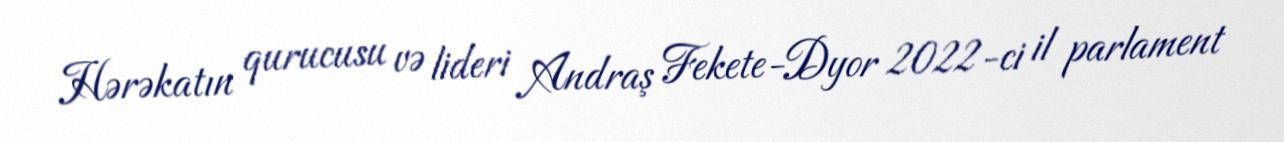
Hərəkatın qurucusu və lideri Andraş Fekete-Dyor 2022-ci il parlament